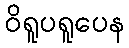
ဝိရူပရူပေန